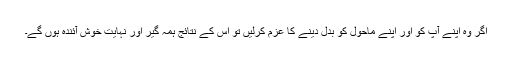
اگر وہ اپنے آپ کو اور اپنے ماحول کو بدل دینے کا عزم کرلیں تو اس کے نتائج ہمہ گیر اور نہایت خوش آئندہ ہوں گے۔